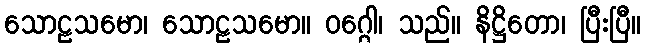
သောဠသမော၊ သောဠသမော။ ဝဂ္ဂေါ၊ သည်။ နိဋ္ဌိတော၊ ပြီးပြီ။